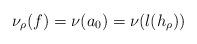
LaTeX: \begin{align*}\nu_\rho(f)=\nu(a_0)=\nu(l(h_\rho))\end{align*}